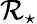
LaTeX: \mathcal{R}_{\star}